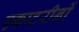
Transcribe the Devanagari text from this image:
एकाटरीनों